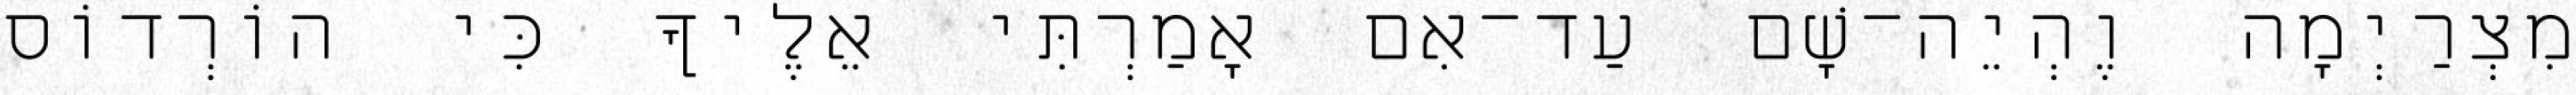
מִצְרַיְמָה וֶהְיֵה־שָׁם עַד־אִם אָמַרְתִּי אֵלֶיךָ כִּי הוֹרְדוֹס